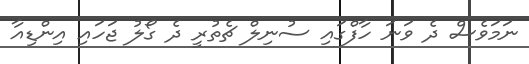
ނަމަވެސް ދެ ވަނަ ހާފްގައި ސުނިލް ޗެތުރީ ދެ ގޯލު ޖަހައި އިންޑިއާ